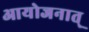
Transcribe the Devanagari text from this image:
आयोजनात्